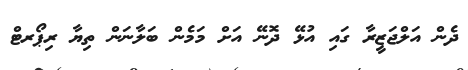
ދެން އަލްޖަޒީރާ ގައި އުޅޭ ދޮނޭ އަށް މަމެން ބަލާނަން ތިޔާ ރިޕޯރޓް